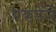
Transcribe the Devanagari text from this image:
पकड़ेंगे